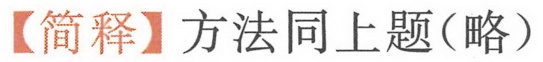
【简释】方法同上题(略）